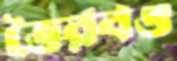
ভৈরবও